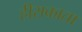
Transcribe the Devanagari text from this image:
हीराकाता